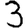
Digit: 3